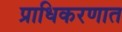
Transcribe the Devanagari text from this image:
प्राधिकरणात